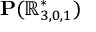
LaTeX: \mathbf { P } ( \mathbb { R } _ { 3 , 0 , 1 } ^ { * } )